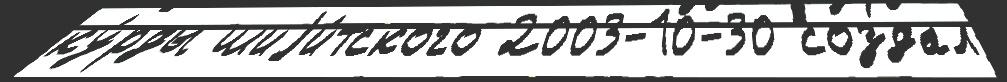
ку́рды шиjи́тского 2003-10-30 создал